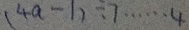
( 4 a - 1 ) \div 7 \cdots 4